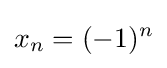
x_{n}=(-1)^{n}